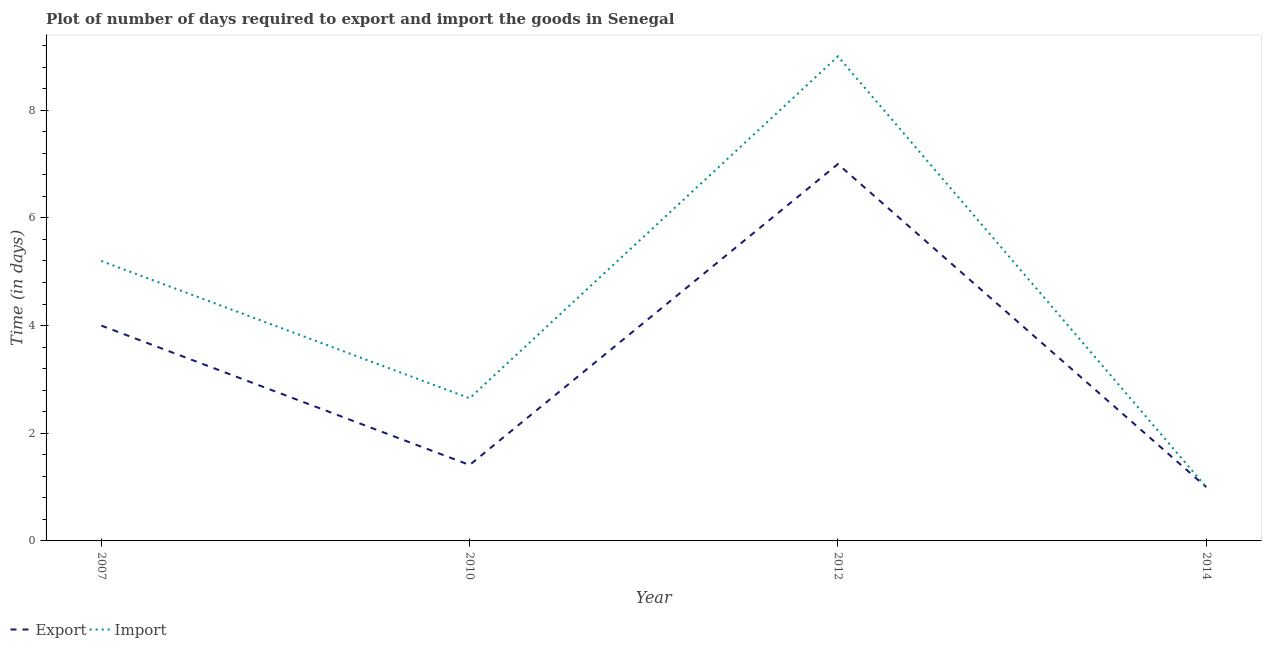
| Year | Export | Import |
 | --- | --- | --- |
 | 2007 | 4 | 5.2 |
 | 2010 | 1.41 | 2.65 |
 | 2012 | 7 | 9 |
 | 2014 | 1 | 1 |